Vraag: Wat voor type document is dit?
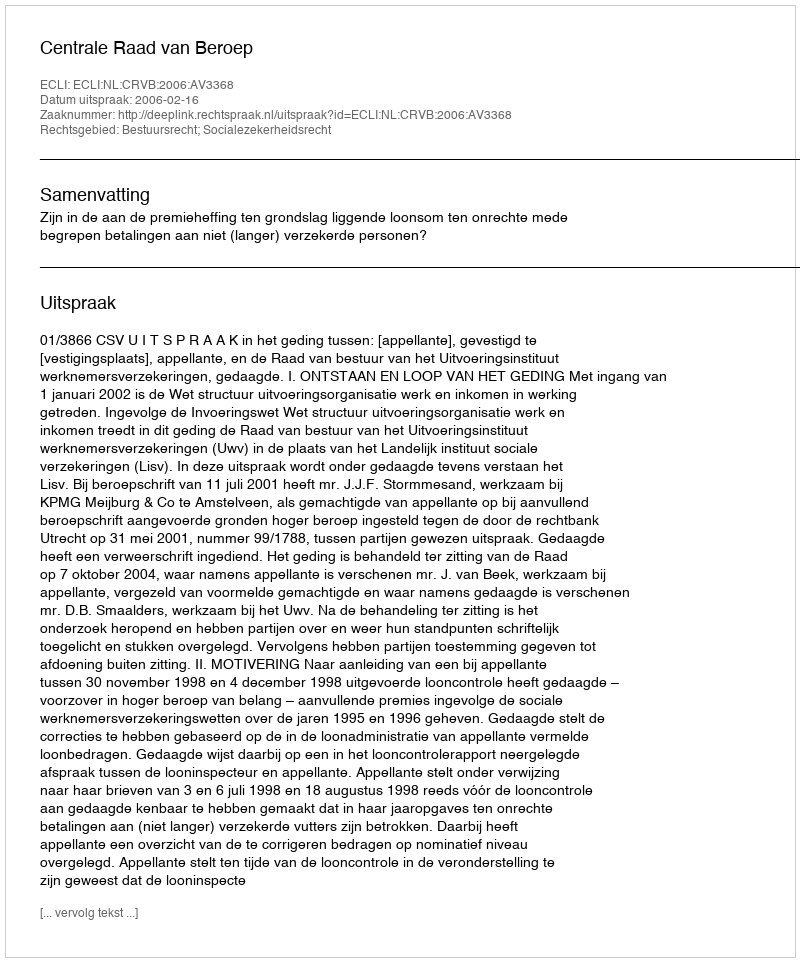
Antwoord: Uitspraak